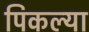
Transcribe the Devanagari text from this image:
पिकल्या